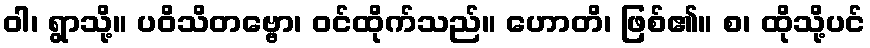
ဝါ၊ ရွာသို့။ ပဝိသိတဗ္ဗော၊ ဝင်ထိုက်သည်။ ဟောတိ၊ ဖြစ်၏။ စ၊ ထိုသို့ပင်